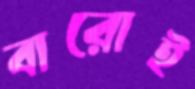
বারোই